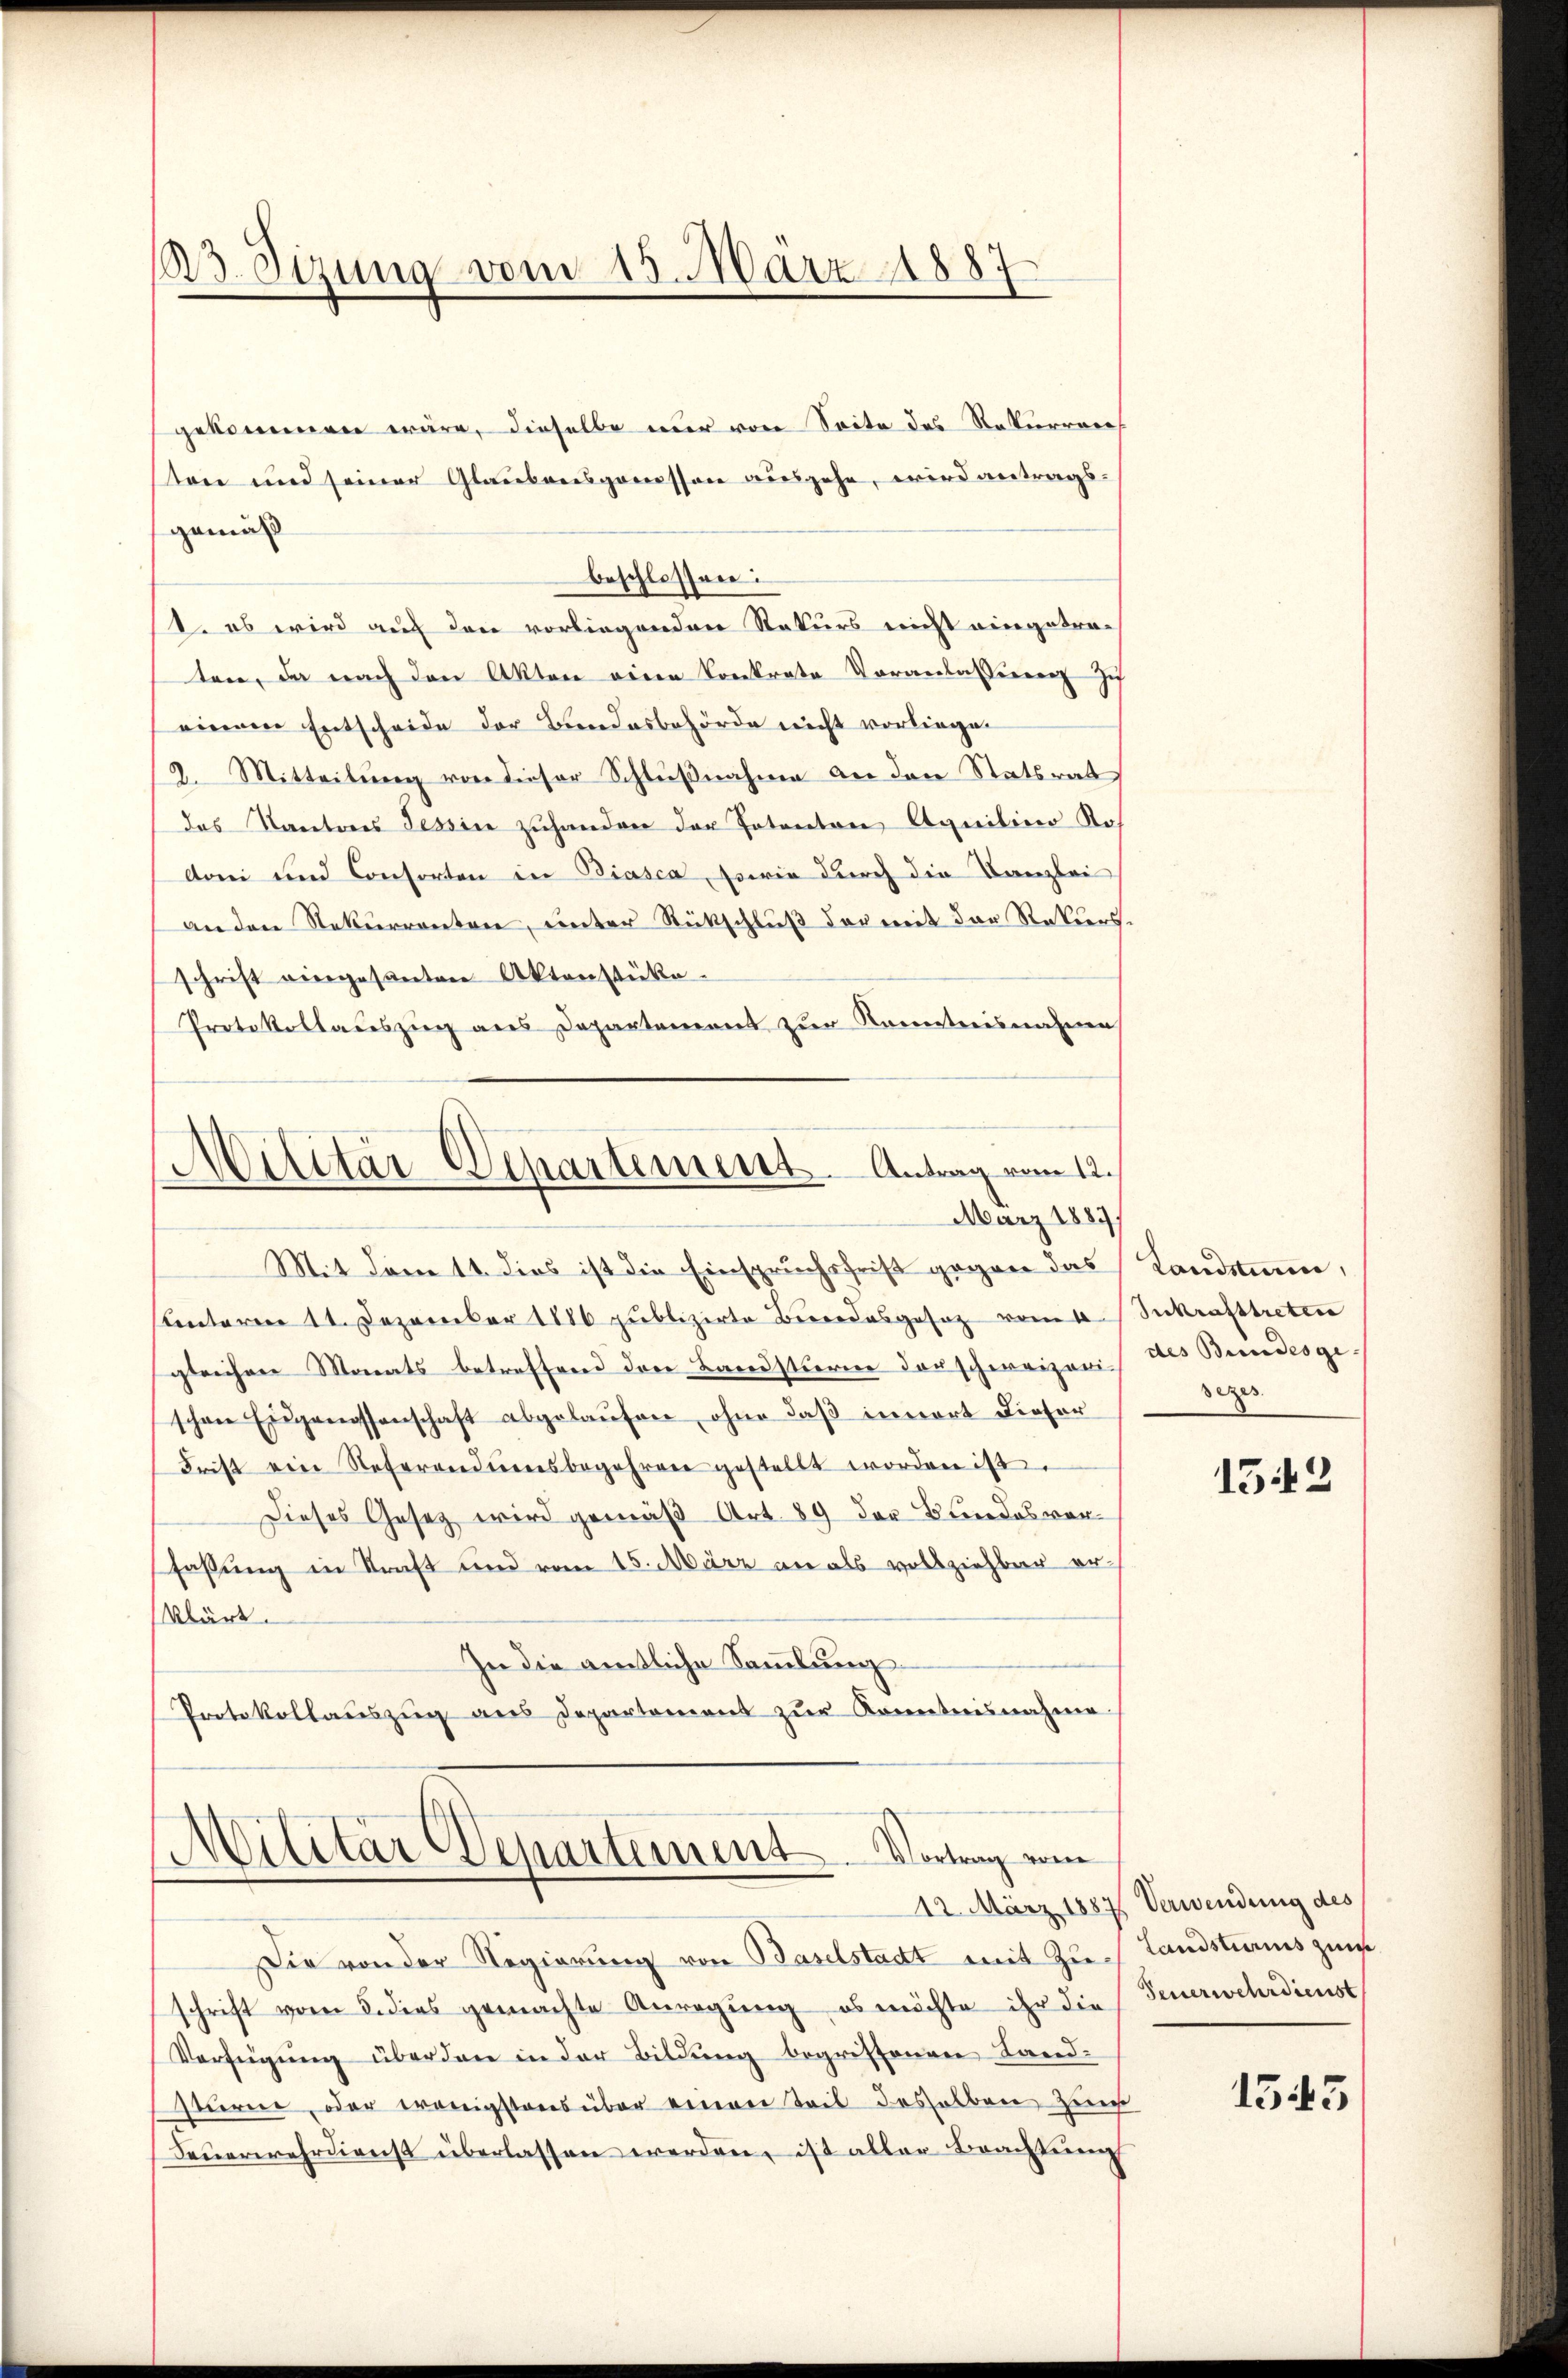
13. Sizung vom 15. März 1887

gekommen wäre, dieselbe nur von Seite des Rekurren
ten und seiner Glaubensgemessen ausgehe, wird antragsgemäß
beschlossen:
t es wird auf den vorliegenden Rekurs nicht eingetraten, da nach den Akten einen konkrate Voranlasserenz zu
einem Entscheide der Bundesbehörde nicht vorliegen
2. Mitteilŭng von dieser Schlŭβnahme an den Statsrat
das Kantons Tessin zuhanden der Patenton Aquilino Ros
Aoni und Consorten in Biasca, sowie durch die Kanzlei
an den Rekurrenten, unter Rückschluß der mit der Rekursschrift eingesanten Aktenstüke
Protokollauszug aus Departement zur Kenntnisnahme,

Militär Departement
Antrag vom 12.
März 1889
Mit dem 11. dies ist die Einspruchsfrist gegen das Landsumm,

unterm 11. Dezember 1886 publizirte Berrodesgesetz vom 6. Sekrafttreten
gleichen Monats betreffend den Bandstieren der schweizeris des Bundesgeschon Eidgenossenschaft abgelaŭfen, ohne daß innert dieser
Frist ein Referandiensbegehren gestellt worden ist.
Dieses Gesetz wird gemäß Art. 89 der Bundes vorfassung in Straft und vom 15. März an als vollziehbar erklärt.
In die amtliche Sammlung
Protokollauszug aus Departement zur Kenntnisnahme

Militar Departement. Vortrag vom

Die von der Regierung von Baselstadt mit Zu- Landsturms zun
schrift vom 5. dies gemachte Anregung, es möchte ihr die Feuerwehrdienst
Verfügŭng überden in der Bildung begriffenen Land-
sturne, oder wenigstens über einen Teil desselben zum
Feŭerwehrdienst überlassen werden, ist aller Brachtung

sezes

152

12. März 1887 Verwendung des

1545